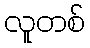
လူတစ်